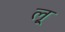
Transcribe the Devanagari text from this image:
लृ्